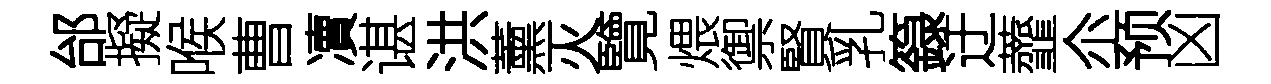
邰擬喉曹凟谌洪薰灭覽煨禦賢乳籙迂虀尒预凶